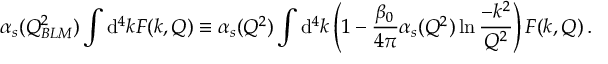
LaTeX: \alpha _ { s } ( Q _ { B L M } ^ { 2 } ) \int \mathrm { d } ^ { 4 } k F ( k , Q ) \equiv \alpha _ { s } ( Q ^ { 2 } ) \int \mathrm { d } ^ { 4 } k \left( 1 - \frac { \beta _ { 0 } } { 4 \pi } \alpha _ { s } ( Q ^ { 2 } ) \ln \frac { - k ^ { 2 } } { Q ^ { 2 } } \right) F ( k , Q ) \, . \, \, \,